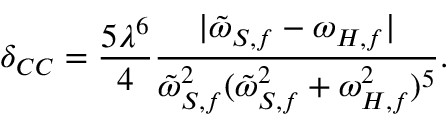
\delta _ { C C } = \frac { 5 \lambda ^ { 6 } } { 4 } \frac { \vert \tilde { \omega } _ { S , f } - \omega _ { H , f } \vert } { \tilde { \omega } _ { S , f } ^ { 2 } ( \tilde { \omega } _ { S , f } ^ { 2 } + \omega _ { H , f } ^ { 2 } ) ^ { 5 } } .